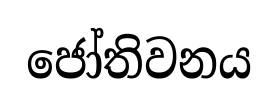
ජෝතිවනය